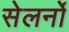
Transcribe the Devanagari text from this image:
सेलर्नो